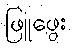
ဖြူဖွေး